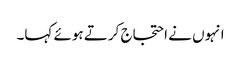
انہوں نے احتجاج کرتے ہوئے کہا۔